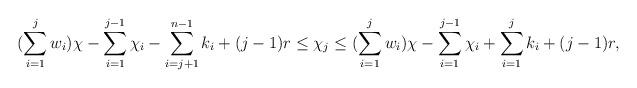
LaTeX: \begin{align*}(\sum\limits_{i =1}^{j} w_i) \chi - \sum\limits_{i=1}^{j-1} \chi_i -\sum\limits_{i = j+1}^{n-1} k_i + (j-1)r \leq \chi_j \leq (\sum\limits_{i =1}^{j} w_i) \chi - \sum\limits_{i=1}^{j-1} \chi_i + \sum\limits_{i=1}^{j} k_i + (j-1)r,\end{align*}